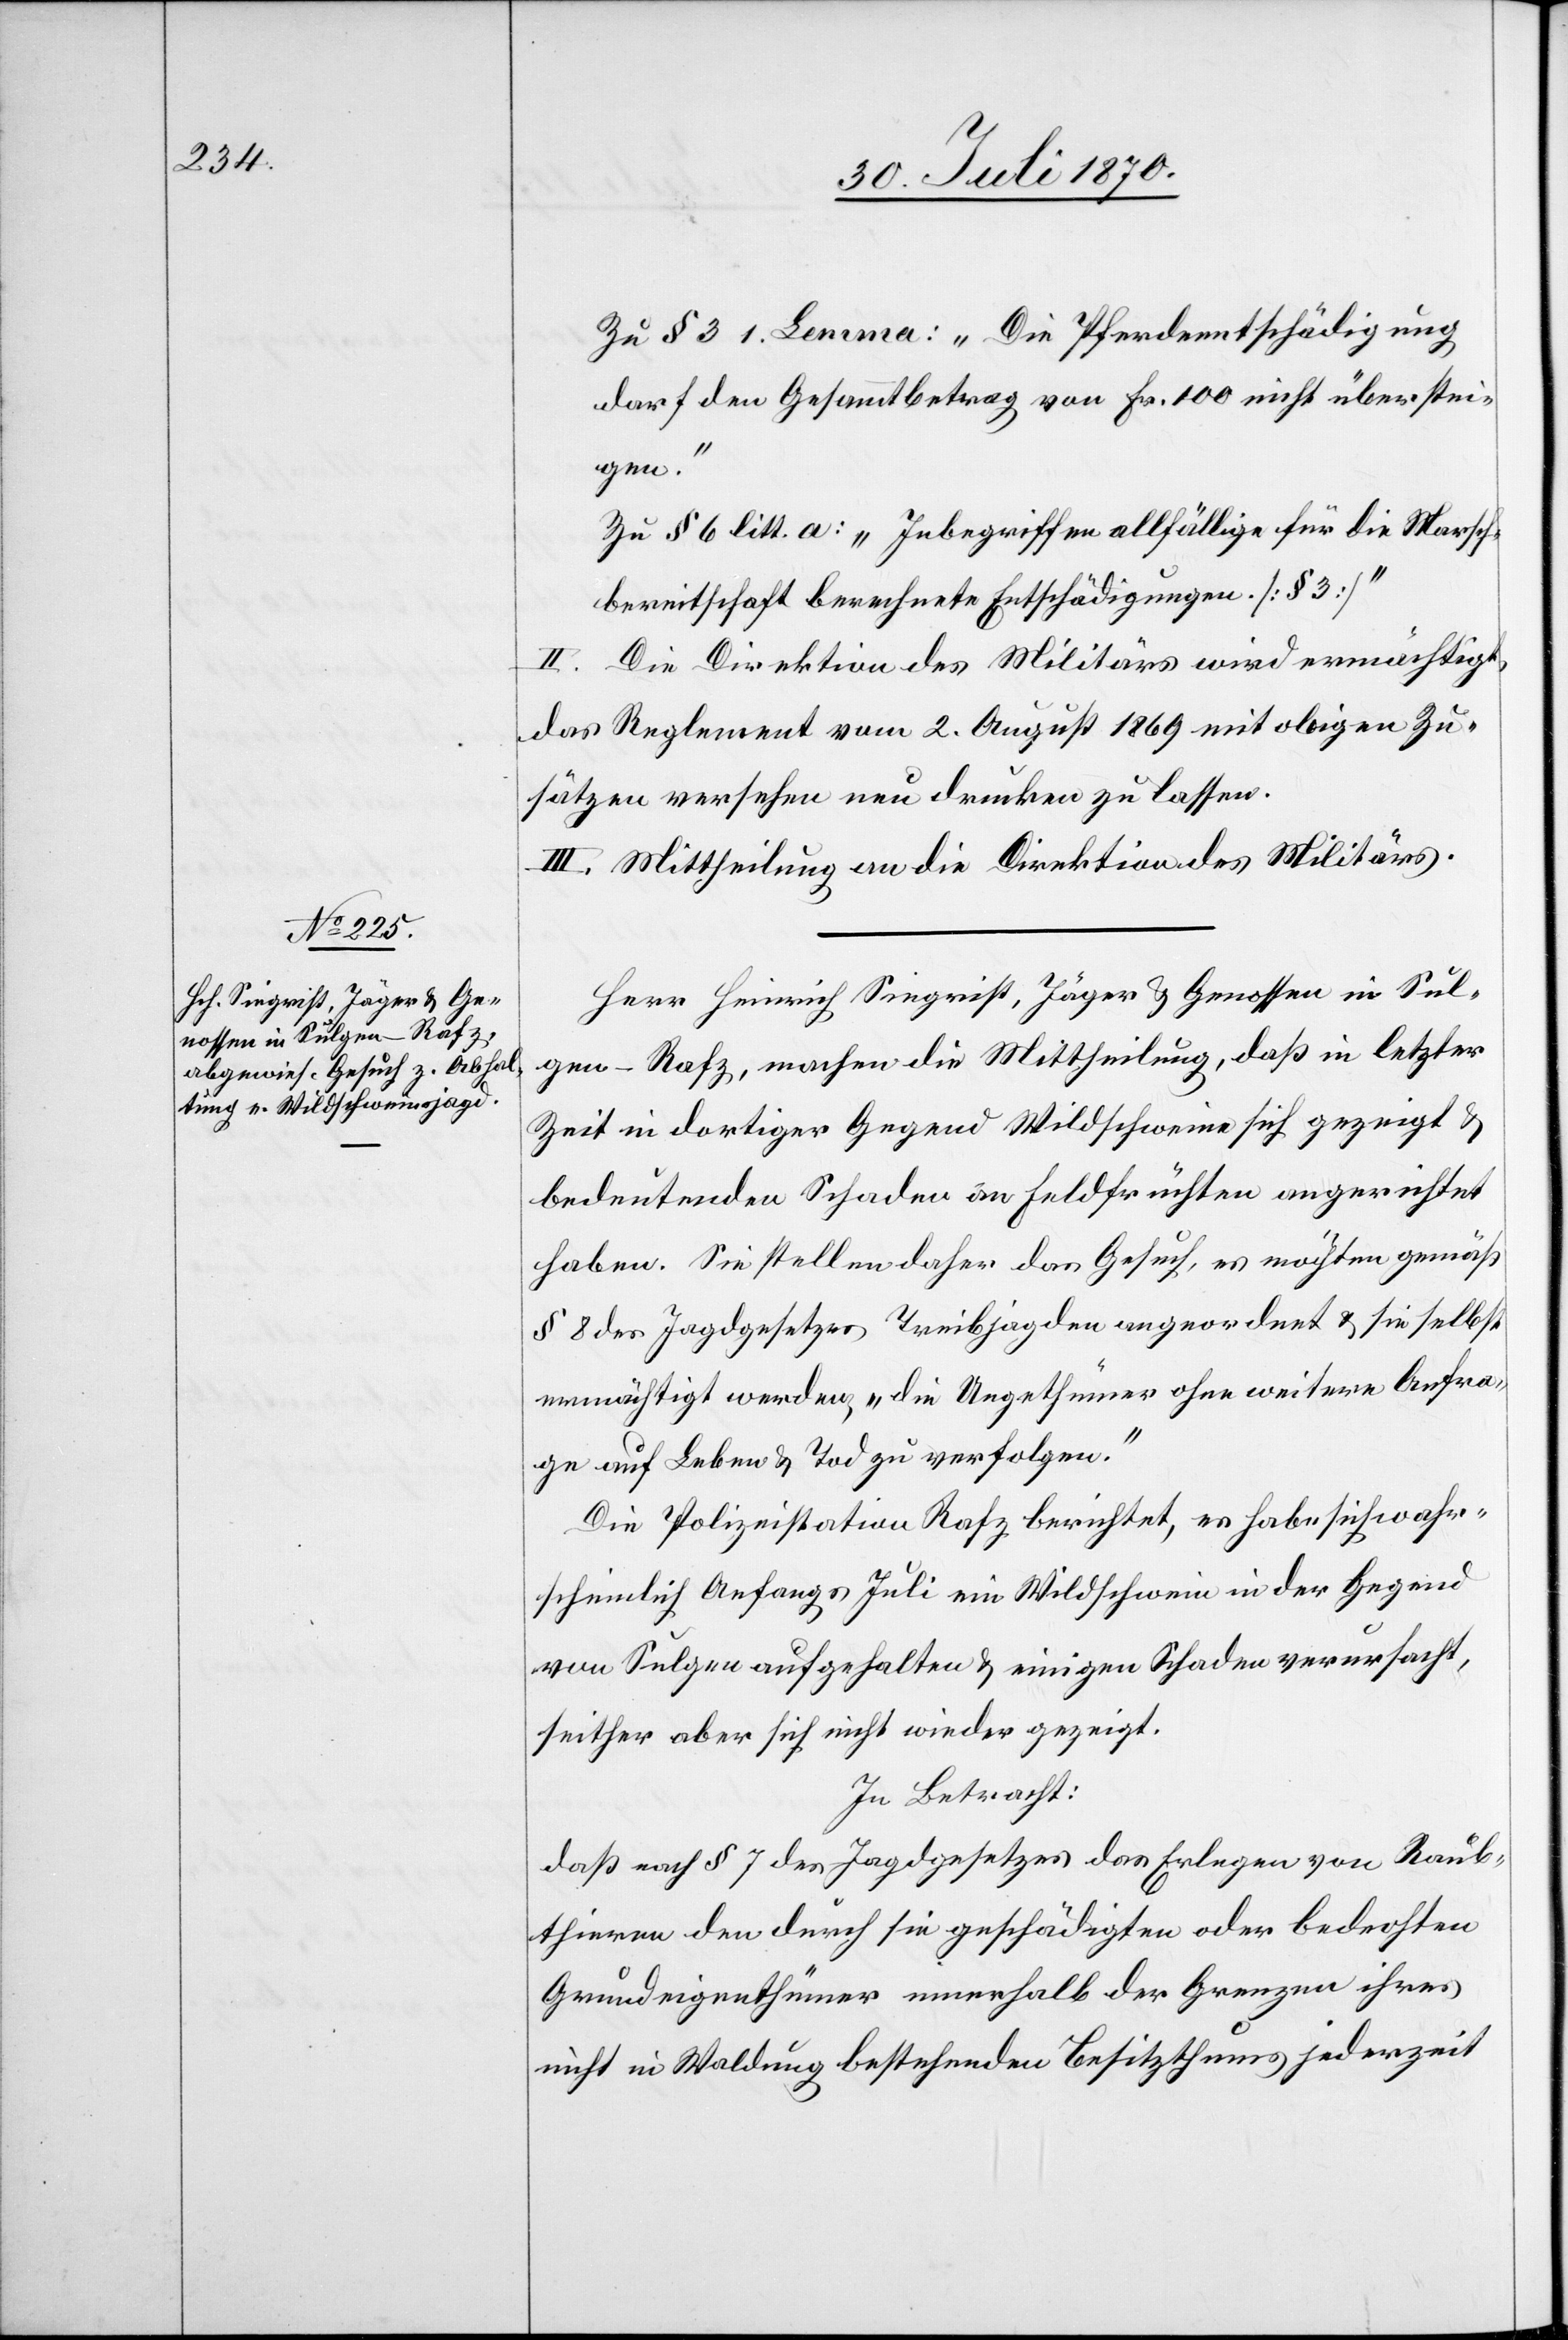
Zu § 3 1. Lemma: „Die Pferdeentschädigung
darf den Gesammtbetrag von Fr. 100 nicht überstei¬
gen.“
Zu § 6 litt. a: „Inbegriffen allfällige für die Marsch¬
bereitschaft berechnete Entschädigungen. [§ 3]“
II. Die Direktion des Militärs wird ermächtigt,
das Reglement vom 2. August 1869 mit obigen Zu¬
sätzen versehen neu drucken zu lassen.
III. Mittheilung an die Direktion des Militärs.
Herr Heinrich Siegrist, Jäger & Genossen in Sul¬
gen - Rafz, machen die Mittheilung, daß in letzter
Zeit in dortiger Gegend Wildschweine sich gezeigt &
bedeutenden Schaden an Feldfrüchten angerichtet
haben. Sie stellen daher das Gesuch, es möchten gemäß
§ 8 des Jagdgesetzes Treibjagden angeordnet & sie selbst
ermächtigt werden, „die Ungethümer ohne weitere Anfra¬
ge auf Leben & Tod zu verfolgen.“
Die Polizeistation Rafz berichtet, es habe sich wahr¬
scheinlich Anfangs Juli ein Wildschwein in der Gegend
von Sulgen aufgehalten & einigen Schaden verursacht,
seither aber sich nicht wieder gezeigt.
In Betracht:
daß nach § 7 des Jagdgesetzes das Erlegen von Raub¬
thieren den durch sie geschädigten oder bedrohten
Grundeigenthümer[n] innerhalb der Grenzen ihres
nicht in Waldung bestehenden Besitzthums jederzeit